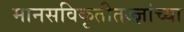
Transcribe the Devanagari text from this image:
मानसविकृतीतज्ज्ञांच्या